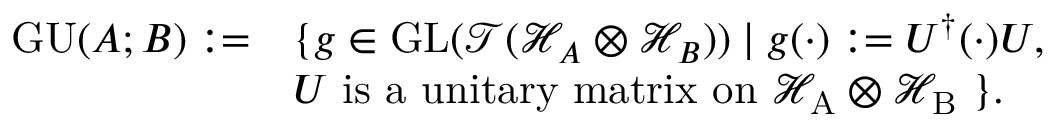
\begin{array} { r l } { \mathrm { G U } ( A ; B ) : = } & { \{ g \in \mathrm { G L } ( \mathcal { T } ( \mathcal { H } _ { A } \otimes \mathcal { H } _ { B } ) ) \mid g ( \cdot ) : = U ^ { \dag } ( \cdot ) U , } \\ & { U \ \mathrm { i s ~ a ~ u n i t a r y ~ m a t r i x ~ o n ~ \mathcal { H } _ A \otimes \mathcal { H } _ B ~ } \} . } \end{array}